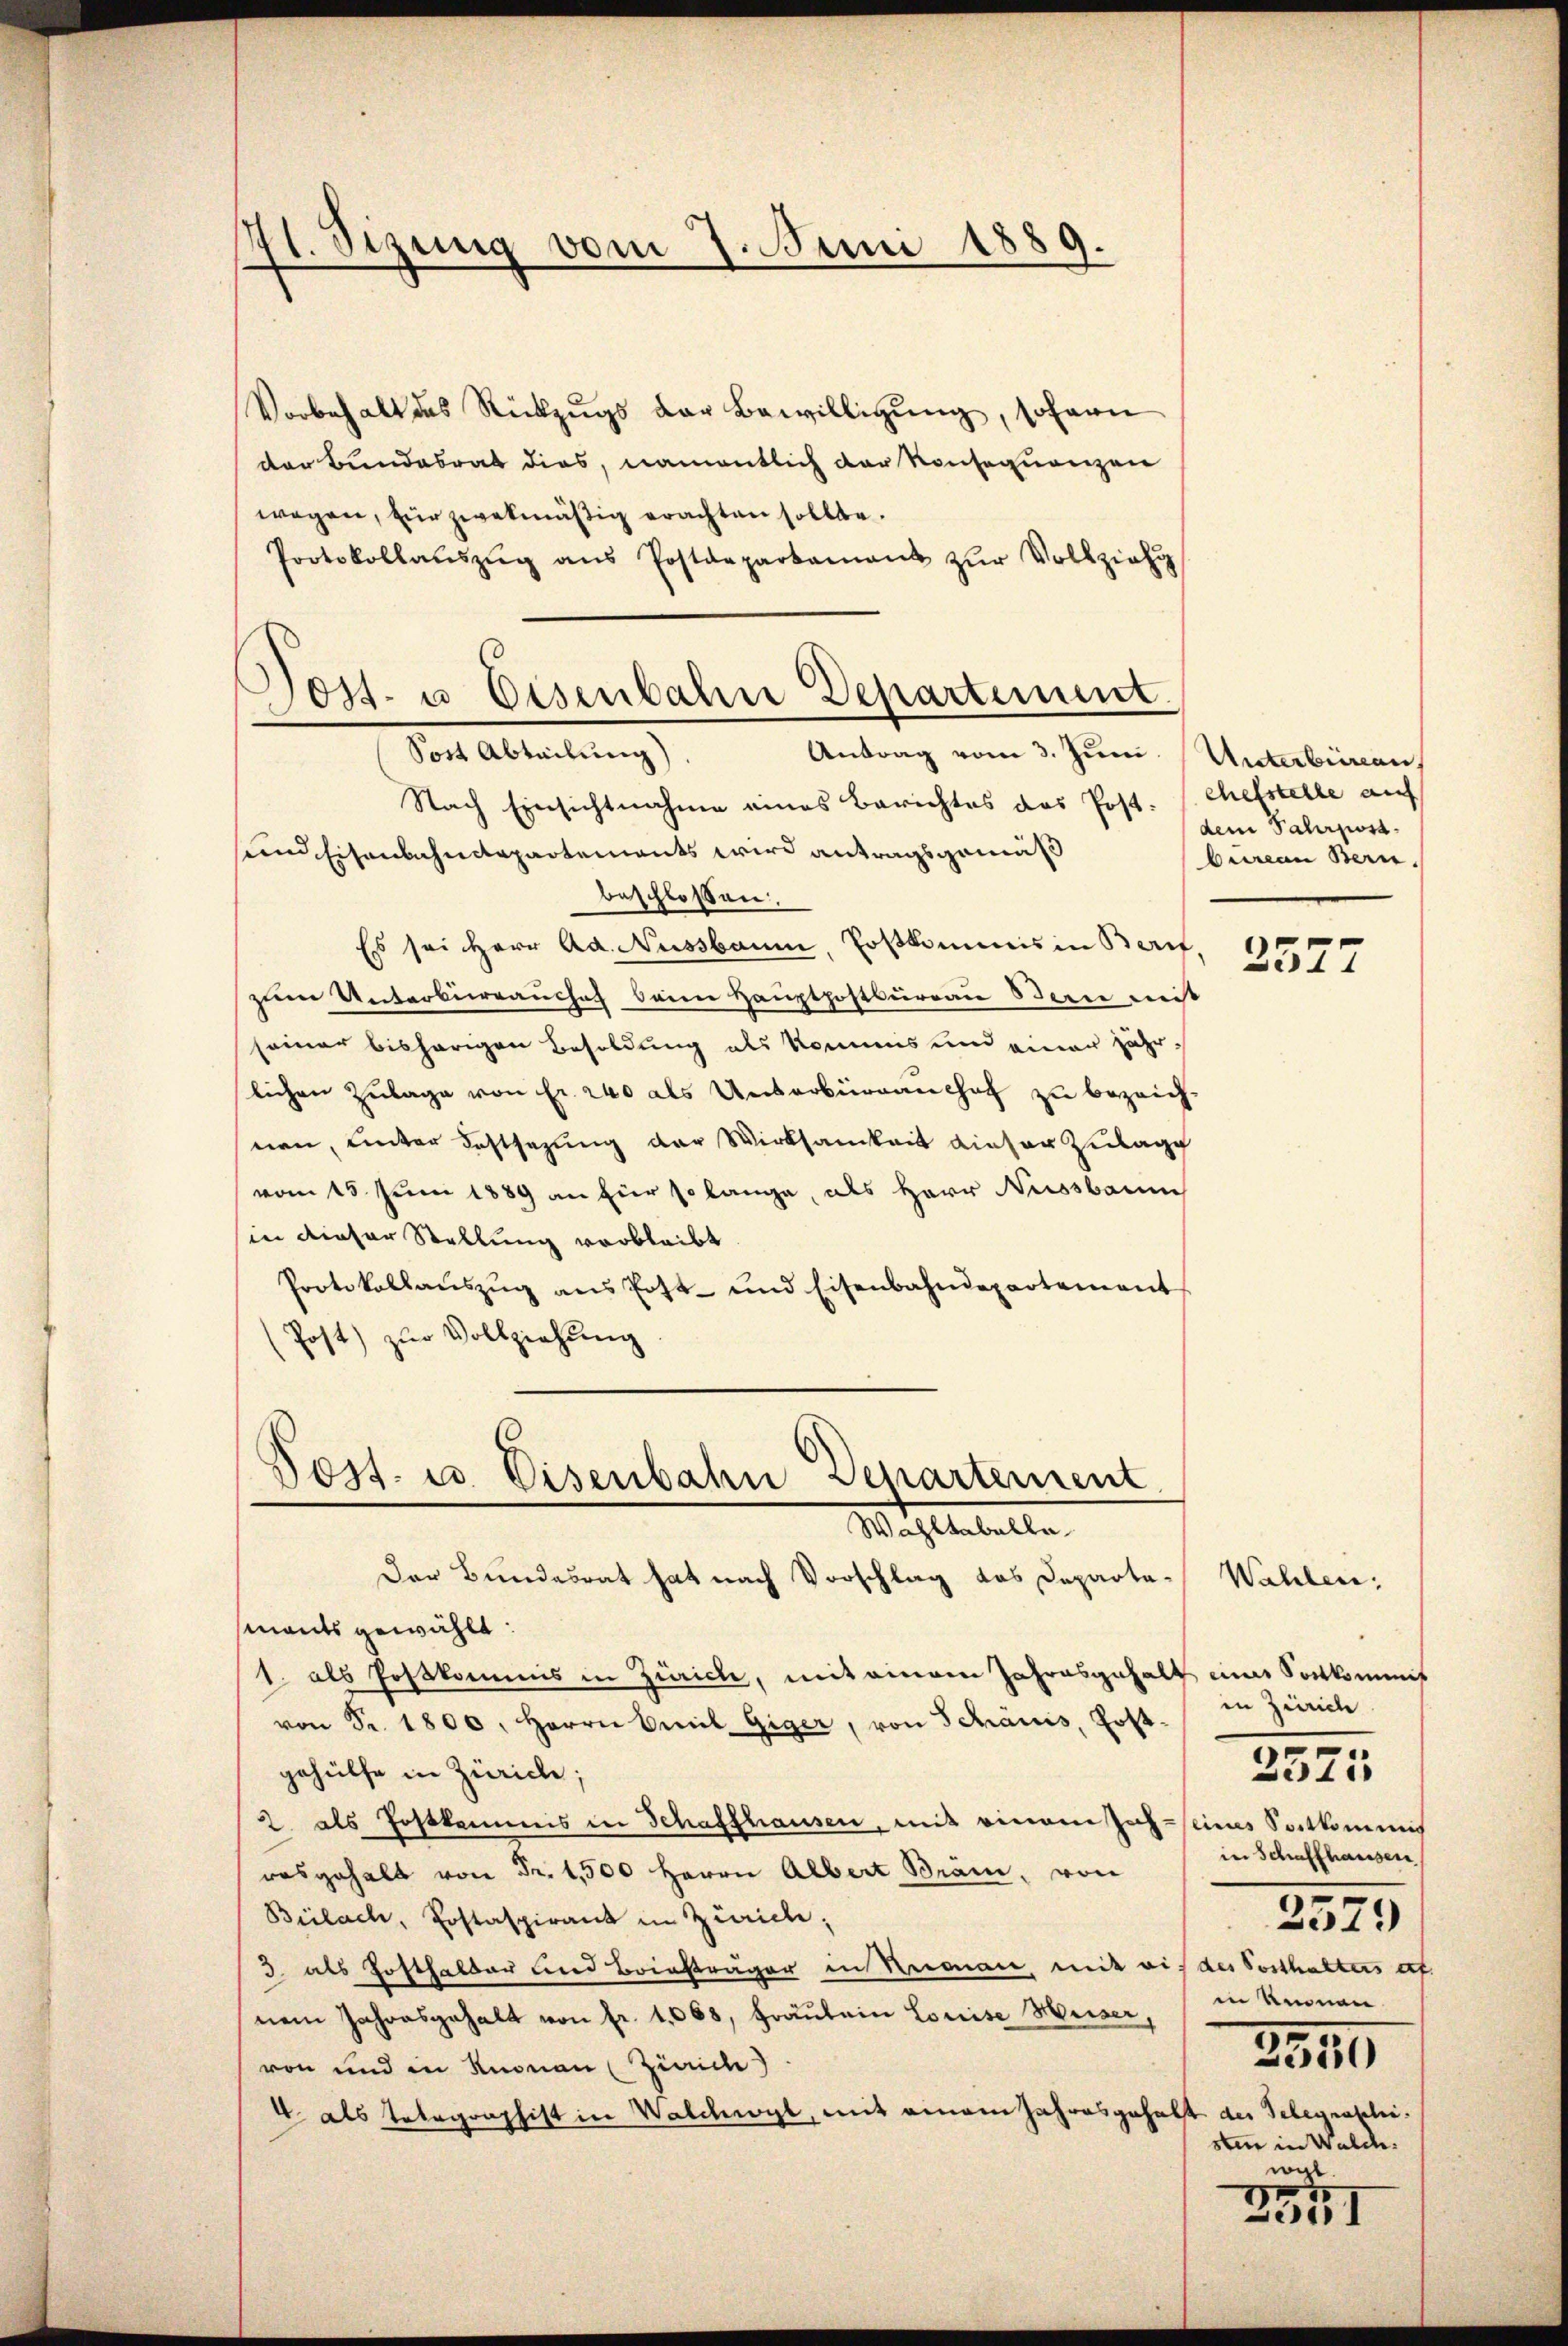
41. Sizung vom 7. Juni 1889.

Post- u Eisenbahn Departement.
Antrag vom 3. Juni.
Sost Abteilung)

Vorbehalt des Rückzugs der Bewilligung, sofern
der Bundesrat dies, namentlich der Konsequenzen
wegen, für zwekmäßig erachten sollte.
Protokollaŭszŭg aŭs Postdepartament zŭr Vollziehu
Nach Einsichtnahme eines Berichtes das Post-
sund Eisenbahndepartements wird antragsgemäß
beschlossen
Es sei Herr Ad. Nussbaum, Poskommnis in Berif
zum Unterburrauchof beim Hauptpostburgau Bern mit
seiner bisherigen Besoldung als kommis und einer jährlichen Zulage von Fr. 240 als Unterbüranchof zu bezeich
nen, unter Festsezung der Wirksamkeit dieser Zulage
vom 15. Juni 1889 an für so lange, als Herr Nussbaum
in ainser Stellung verbleibt
Protokollaŭszŭg ans Post- und Eisenbahndepartement
(Post) zŭr Vollziehŭng
Post- u. Eisenbahn Departement

Wahltabella

Der Bundesrat hat nach Vorschlag das Departe Wahlen;
mants gewählt:
1. als Postkommis in Zürich, mit einem Jahresgehalt eines Sortkommis
von Fr. 1800. Herrn Emil Giger, von Schanis, Post-
gehülfe in Zürich;
2. als Postkommis in Schaffhausen, mit einem Joch seines Sortkommis
rasgehalt von Fr. 1,500 Herrn Albert Bräm, von
Bülach, Postaspirant in Zürich,
3. als Hofthalter und Briefträger in Reiman, mit auf des Posthalters ert
nem Jahresgehalt von fr. 1088, Fräulein Louise Meiser,
von und in Knonau (Zürich
4 als Telegraphist in Walchwyl, mit einem Jahresgehalt der Telegraschi¬

Unterbrican
chefstelle auf
dem Fahrpost
bureau Bern.

2577

in Zürich
in Schaffhausen
2579
in Knonau
3949
sten in Walde
wyl

2525

2551